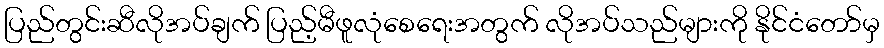
ပြည်တွင်းဆီလိုအပ်ချက် ပြည့်မီဖူလုံစေရေးအတွက် လိုအပ်သည်များကို နိုင်ငံတော်မှ